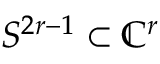
S ^ { 2 r - 1 } \subset \mathbb { C } ^ { r }